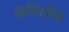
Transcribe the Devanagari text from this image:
फॅमिलीचे